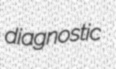
diagnostic